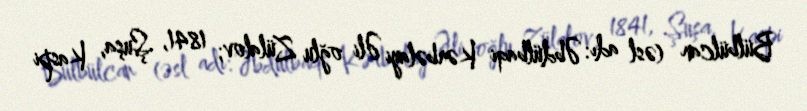
Bülbülcan (əsl adı: Əbdülbaqi Kərbəlayi Əli oğlu Zülalov; 1841, Şuşa, Kaspi